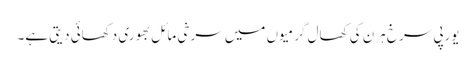
یورپی سرخ ہرن کی کھال گرمیوں میں سرخی مائل بھوری دکھائی دیتی ہے۔